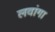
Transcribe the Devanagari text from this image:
लवांगा